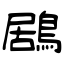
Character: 鶋